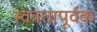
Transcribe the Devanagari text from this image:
स्वंत्रतापूर्वक